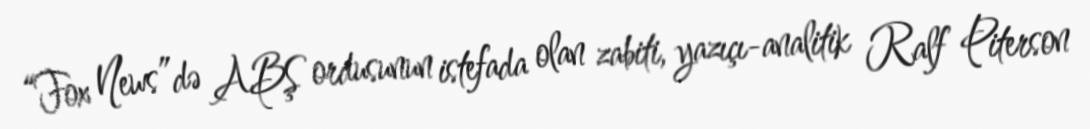
“Fox News”də ABŞ ordusunun istefada olan zabiti, yazıçı-analitik Ralf Piterson